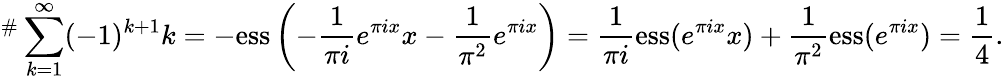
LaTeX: \begin{array}{r}{\displaystyle^\# \sum_{k=1}^{\infty}(-1)^{k+1}k=-\mathrm{ess}\left(-\frac{1}{\pi i}e^{\pi ix}x-\frac{1}{\pi^{2}}e^{\pi ix}\right)=\frac{1}{\pi i}\mathrm{ess}(e^{\pi ix}x)+\frac{1}{\pi^{2}}\mathrm{ess}(e^{\pi ix})=\frac{1}{4}.}\end{array}